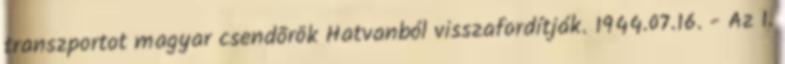
transzportot magyar csendõrök Hatvanból visszafordítják. 1944.07.16. - Az 1.